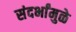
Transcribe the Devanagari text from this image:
संदर्भांमुळे